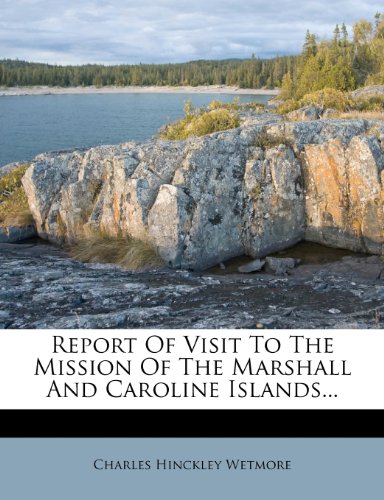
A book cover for Report Of Visit To The Mission Of The Marshall And Caroline Islands...; Charles Hinckley Wetmore; History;